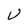
Character: U